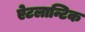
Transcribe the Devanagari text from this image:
ऐटलान्टिक